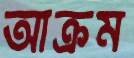
আক্রম